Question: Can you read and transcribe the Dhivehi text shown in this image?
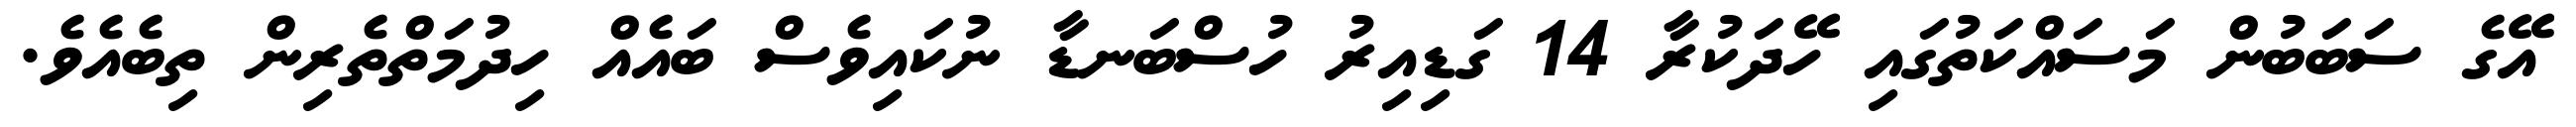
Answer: އޭގެ ސަބަބުން މަސައްކަތުގައި ހޭދަކުރާ 14 ގަޑިއިރު ހުސްބަނޑާ ނުކައިވެސް ބައެއް ހިދުމަތްތެރިން ތިބެއެވެ.